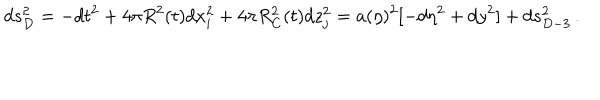
LaTeX: d s _ { D } ^ { 2 } = - d t ^ { 2 } + 4 \pi R ^ { 2 } ( t ) d x _ { i } ^ { 2 } + 4 \pi R _ { C } ^ { 2 } ( t ) d z _ { j } ^ { 2 } = a ( \eta ) ^ { 2 } [ - d \eta ^ { 2 } + d y ^ { 2 } ] + d s _ { D - 3 } ^ { 2 } \, .